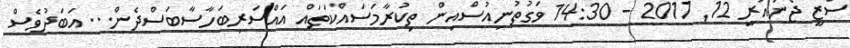
ސަޒީ ޖެނުއަރީ 12